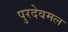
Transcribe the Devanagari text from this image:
पुरदेवमल